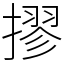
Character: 摎